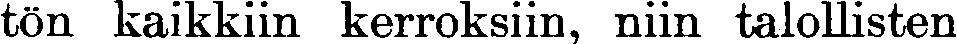
ton kaikkiin kerroksiin, niin talollisten